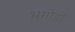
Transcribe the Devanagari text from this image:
भगोडों